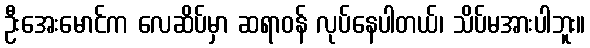
ဦးအေးမောင်က လေဆိပ်မှာ ဆရာဝန် လုပ်နေပါတယ်၊ သိပ်မအားပါဘူး။